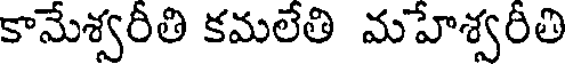
కామేశ్వరీతి కమలేతి మహేశ్వరీతి